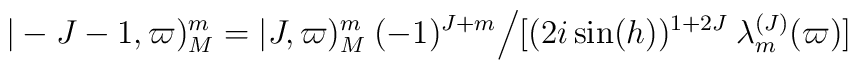
\vert -J-1,\varpi)_M^m= \vert J,\varpi)_M^m\>(-1)^{J+m}\Bigl /[(2i\sin  (h))^{1+2J}\>\lambda_m^{(J)}(\varpi)]